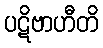
ပဋိဗာဟီတိ